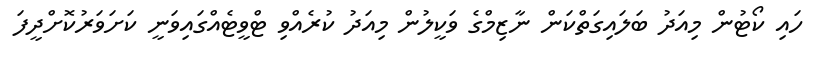
ހައި ކޯޓުން މިއަދު ބަލައިގަތްކަން ނާޒިމްގެ ވަކީލުން މިއަދު ކުރެއްވި ޓްވީޓެއްގައިވަނީ ކަށަވަރުކޮށްދީފަ